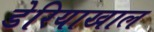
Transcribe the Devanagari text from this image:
डेरियाखाल